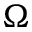
\Omega